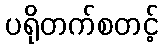
ပရိုတက်စတင့်